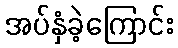
အပ်နှံခဲ့ကြောင်း